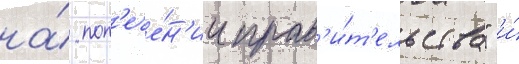
на́ поп'ече́н'ии прав'и́т'ельства" и́